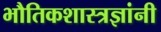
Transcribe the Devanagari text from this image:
भौतिकशास्त्रज्ञांनी